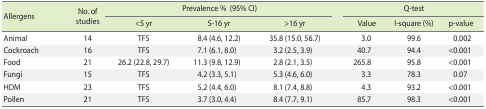
<table><thead><tr><td rowspan="2"><b>Allergens</b></td><td rowspan="2"><b>No. of studies</b></td><td colspan="3"><b>Prevalence % (95% CI)</b></td><td colspan="3"><b>Q-test</b></td></tr><tr><td><b>&lt;5 yr</b></td><td><b>5-16 yr</b></td><td><b>&gt;16 yr</b></td><td><b>Value</b></td><td><b>I-square (%)</b></td><td><b>p-value</b></td></tr></thead><tbody><tr><td>Animal</td><td>14</td><td>TFS</td><td>8.4 (4.6, 12.2)</td><td>35.8 (15.0, 56.7)</td><td>3.0</td><td>99.6</td><td>0.002</td></tr><tr><td>Cockroach</td><td>16</td><td>TFS</td><td>7.1 (6.1, 8.0)</td><td>3.2 (2.5, 3.9)</td><td>40.7</td><td>94.4</td><td>&lt;0.001</td></tr><tr><td>Food</td><td>21</td><td>26.2 (22.8, 29.7)</td><td>11.3 (9.8, 12.9)</td><td>2.8 (2.1, 3.5)</td><td>265.8</td><td>95.8</td><td>&lt;0.001</td></tr><tr><td>Fungi</td><td>15</td><td>TFS</td><td>4.2 (3.3, 5.1)</td><td>5.3 (4.6, 6.0)</td><td>3.3</td><td>78.3</td><td>0.07</td></tr><tr><td>HDM</td><td>23</td><td>TFS</td><td>5.2 (4.4, 6.0)</td><td>8.1 (7.4, 8.8)</td><td>4.3</td><td>93.2</td><td>&lt;0.001</td></tr><tr><td>Pollen</td><td>21</td><td>TFS</td><td>3.7 (3.0, 4.4)</td><td>8.4 (7.7, 9.1)</td><td>85.7</td><td>98.3</td><td>&lt;0.001</td></tr></tbody></table>